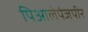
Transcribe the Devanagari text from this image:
पिआलेपंजपीर